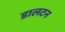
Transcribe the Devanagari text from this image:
डालटन